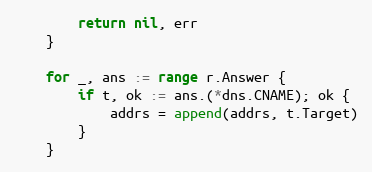
Language: Go
		return nil, err
	}

	for _, ans := range r.Answer {
		if t, ok := ans.(*dns.CNAME); ok {
			addrs = append(addrs, t.Target)
		}
	}